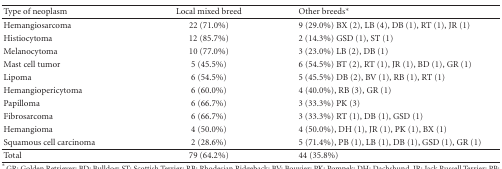
<table><thead><tr><td><b>Type of neoplasm</b></td><td><b>Local mixed breed</b></td><td><b>Other breeds*</b></td></tr></thead><tbody><tr><td>Hemangiosarcoma</td><td>22 (71.0%)</td><td>9 (29.0%) BX (2), LB (4), DB (1), RT (1), JR (1)</td></tr><tr><td>Histiocytoma</td><td>12 (85.7%)</td><td>2 (14.3%) GSD (1), ST (1)</td></tr><tr><td>Melanocytoma</td><td>10 (77.0%)</td><td>3 (23.0%) LB (2), DB (1)</td></tr><tr><td>Mast cell tumor</td><td>5 (45.5%)</td><td>6 (54.5%) BT (2), RT (1), JR (1), BD (1), GR (1)</td></tr><tr><td>Lipoma</td><td>6 (54.5%)</td><td>5 (45.5%) DB (2), BV (1), RB (1), RT (1)</td></tr><tr><td>Hemangiopericytoma</td><td>6 (60.0%)</td><td>4 (40.0%), RB (3), GR (1)</td></tr><tr><td>Papilloma</td><td>6 (66.7%)</td><td>3 (33.3%) PK (3)</td></tr><tr><td>Fibrosarcoma</td><td>6 (66.7%)</td><td>3 (33.3%) RT (1), DB (1), GSD (1)</td></tr><tr><td>Hemangioma</td><td>4 (50.0%)</td><td>4 (50.0%), DH (1), JR (1), PK (1), BX (1)</td></tr><tr><td>Squamous cell carcinoma</td><td>2 (28.6%)</td><td>5 (71.4%), PB (1), LB (1), DB (1), GSD (1), GR (1) </td></tr><tr><td>Total</td><td>79 (64.2%)</td><td>44 (35.8%)</td></tr></tbody></table>